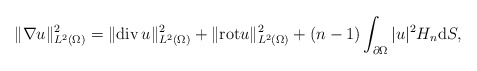
\begin{align*}\|\nabla u\|_{L^{2}(\Omega)}^{2} = \|\mathrm{div}\, u\|_{L^{2}(\Omega)}^{2} + \|\mathrm{rot} u\|_{L^{2}(\Omega)}^{2}+ (n - 1) \int_{\partial \Omega} |u|^{2} H_{n} \mathrm{d}S,\end{align*}